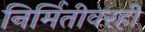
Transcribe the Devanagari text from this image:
निर्मितीवरही